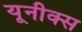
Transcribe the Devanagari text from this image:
यूनीक्स